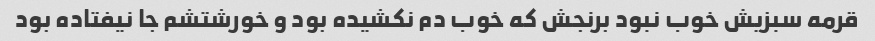
قرمه سبزیش خوب نبود برنجش که خوب دم نکشیده بود و خورشتشم جا نیفتاده بود